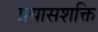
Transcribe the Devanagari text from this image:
प्रयासशक्ति